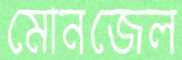
মোনজেল